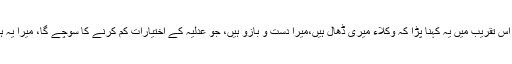
آخر چیف جسٹس ثاقب نثار کو بھی اس تقریب میں یہ کہنا پڑا کہ وکلاء میری ڈھال ہیں،میرا دست و بازو ہیں، جو عدلیہ کے اختیارات کم کرنے کا سوچے گا، میرا یہ ہر اول دستہ اسے سبق سکھا دے گا۔